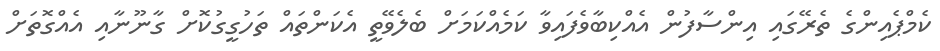
ކެމްޕެއިންގެ ތެރޭގައި އިންސާފުން އެއްކިބާވެފައިވާ ކަމެއްކަމަށް ބެލެވޭތީ އެކަންތައް ތަހުގީގުކޮށް ގާނޫނާއި އެއްގޮތަށް